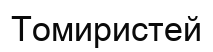
Томиристей